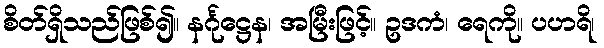
စိတ်ရှိသည်ဖြစ်၍။ နင်္ဂုဋ္ဌေန၊ အမြီးဖြင့်။ ဥဒကံ၊ ရေကို။ ပဟရိ၊